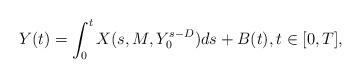
LaTeX: \begin{align*}Y(t)=\int_0^t X(s, M, Y_0^{s-D}) ds + B(t), t \in [0, T],\end{align*}